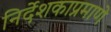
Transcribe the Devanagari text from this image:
निर्देशकाप्रमाणे